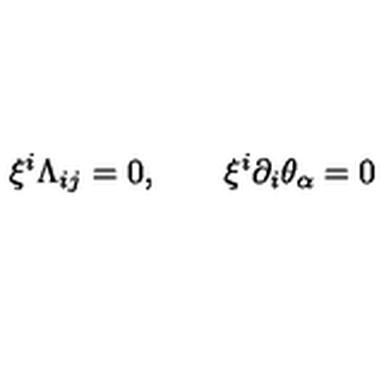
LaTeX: \xi ^ { i } \Lambda _ { i j } = 0 , \qquad \xi ^ { i } \partial _ { i } \theta _ { \alpha } = 0